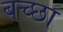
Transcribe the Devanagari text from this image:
बच्छा